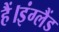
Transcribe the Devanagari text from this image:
हैं।इंग्लैंड